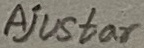
Text: Ajustar